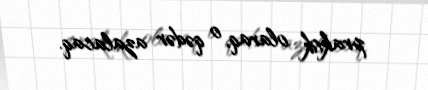
praktik olaraq, o qədər azalacaq.